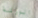
الورشة